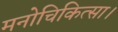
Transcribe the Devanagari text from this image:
मनोचिकित्सा।